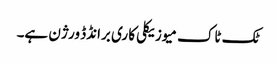
ٹک ٹاک میوزیکلی کا ری برانڈڈ ورژن ہے۔